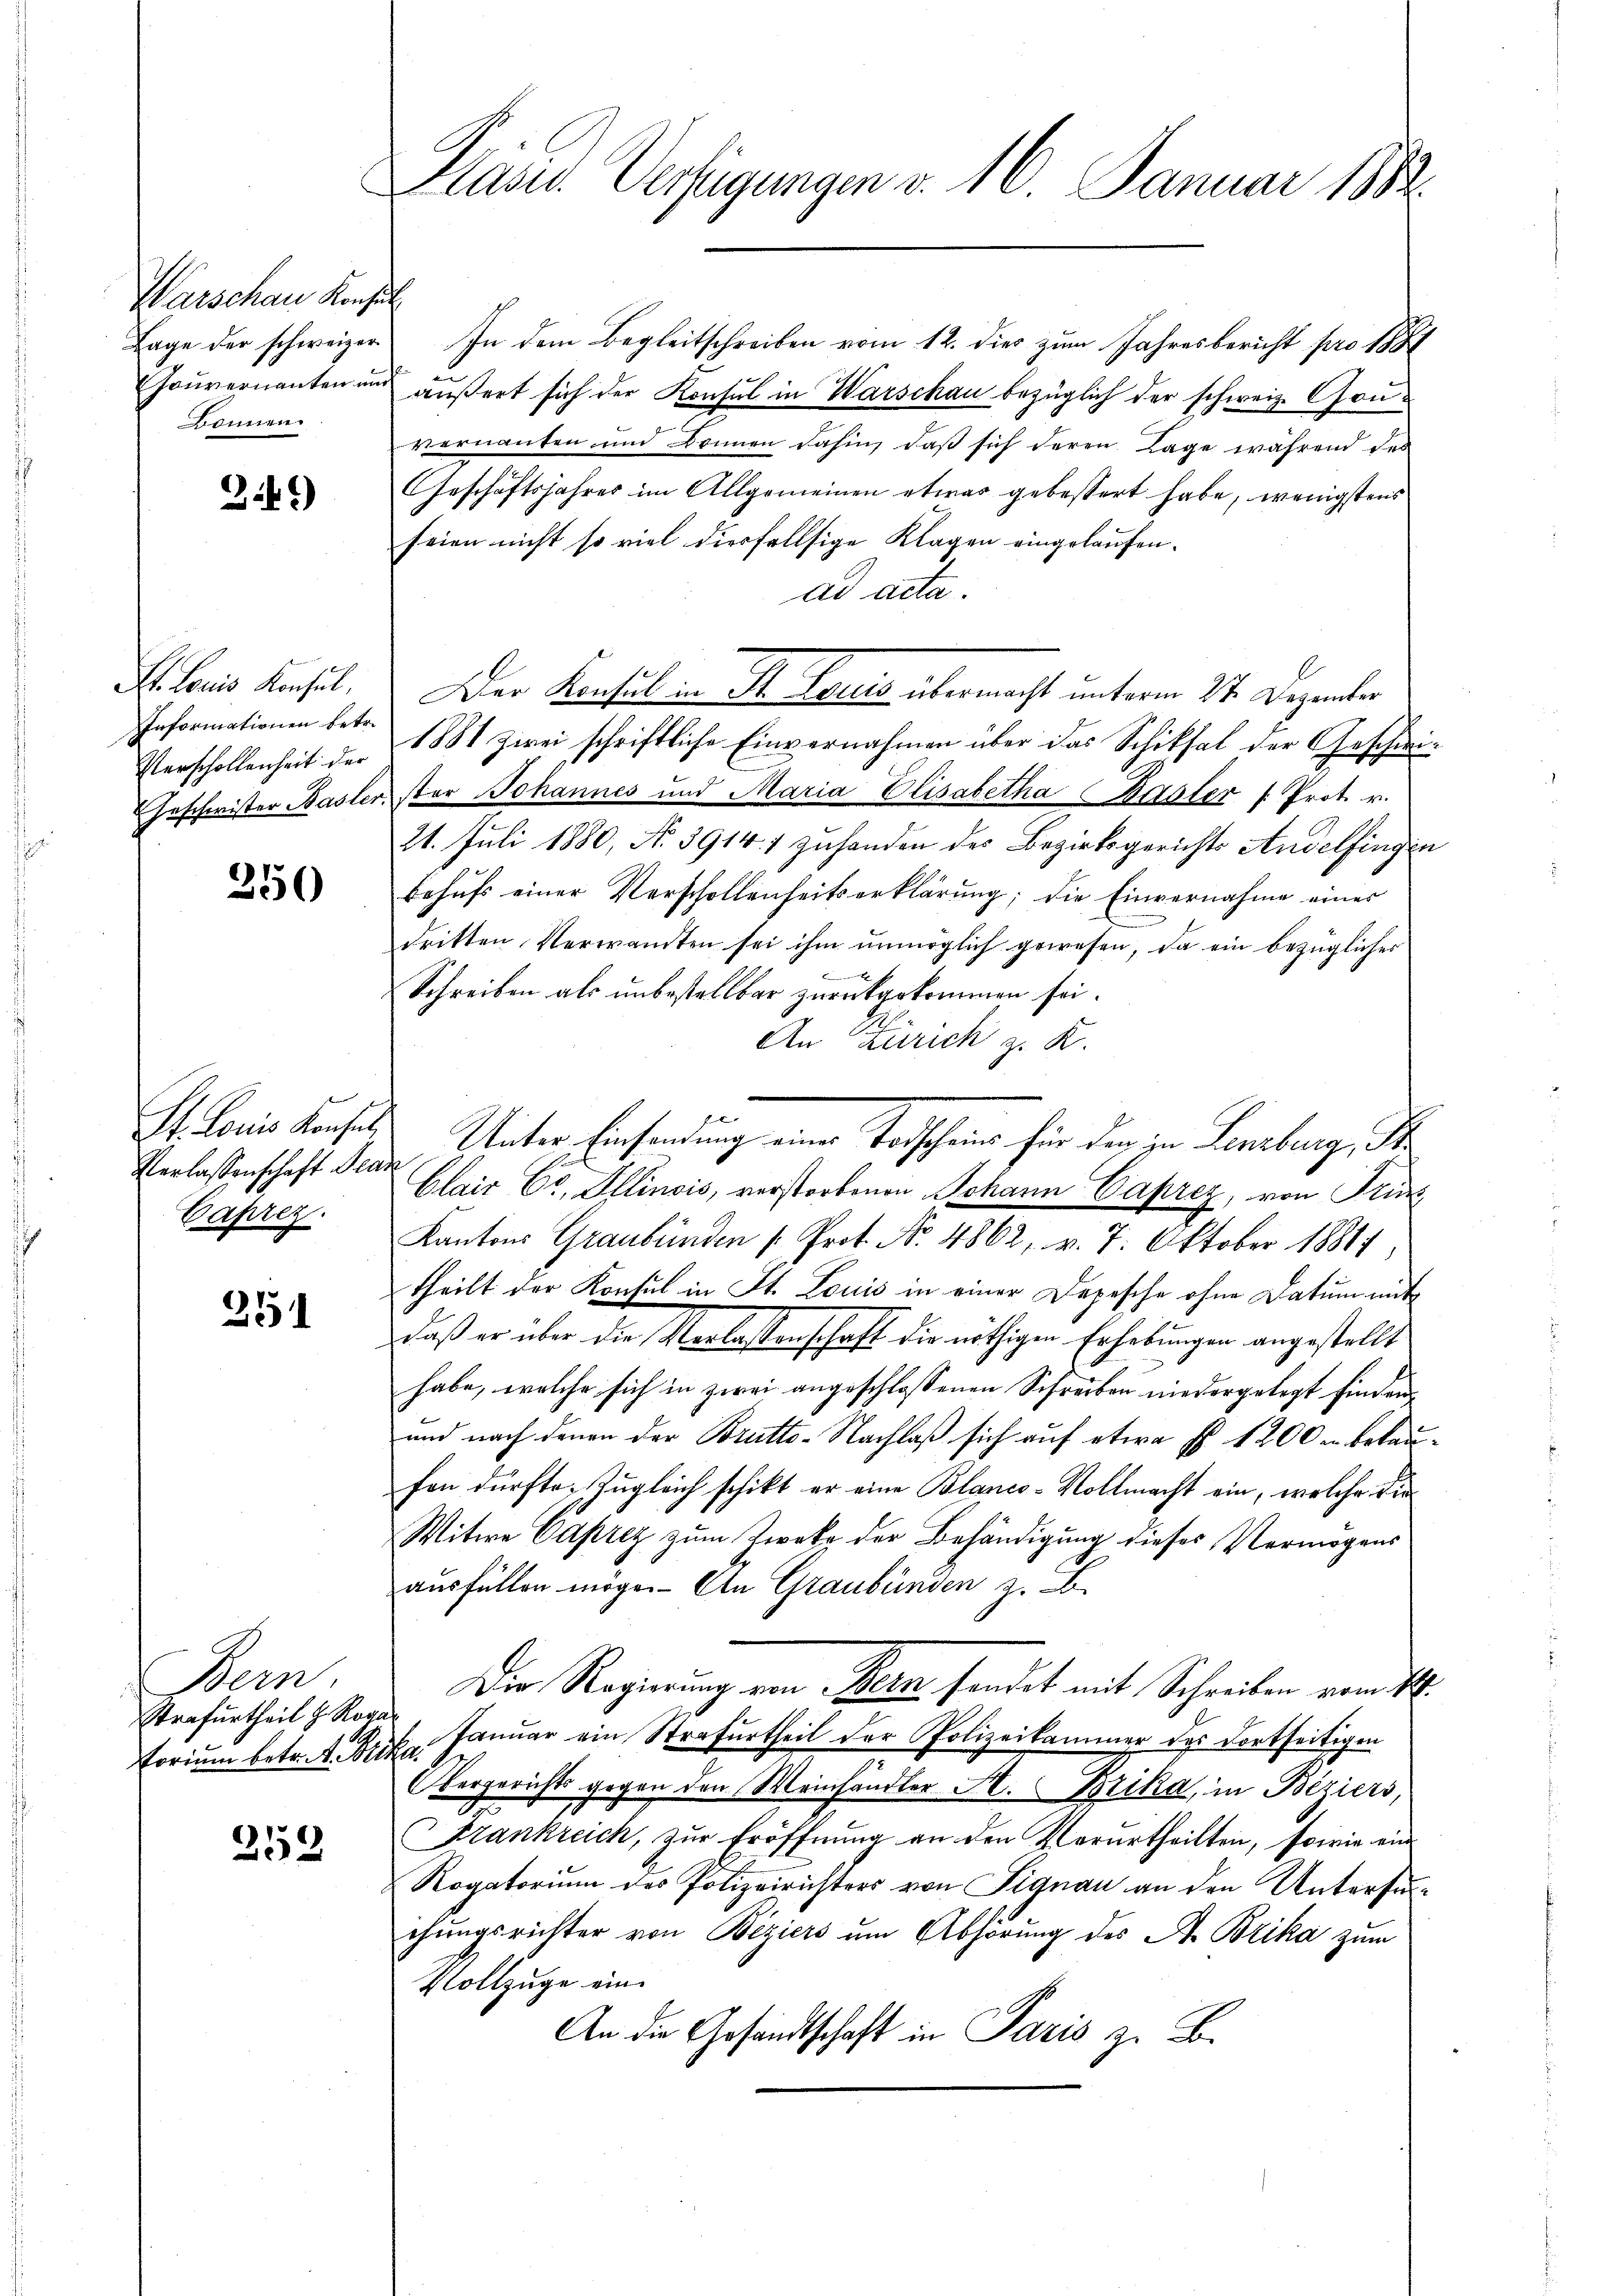
Warschau Konsul
Bonnen.

349)

St. Louis Konsul,
Informationen betr.
Verschollenheit der

350

Verlassenschaft Bear
Caprez.

251

Bern.
Strafurtheil h. Rogan

258

Planes Verfügungen v. 16. Januar 1882.

Lage der schweizer In dem Begleitschreiben vom 12. dies zum Jahresbericht pro 1886
Hoŭvernanten und äußert sich der Konsul in Warschau bezüglich der schweiz. Gouvernannten und Brunnen dahin, daß sich deren Lage während des
Geschäftsjahres im Allgemeinen etwas gebessert habe, wenigstens
feien nicht so viel diesfallsige Klagen eingelaufen.
ad acta.
1881 zwei schriftliche Einvernahmen über das Schiksal der Geschwi¬
Geschwister Basler, ster Johannes und Maria Elisabetha Basler " Prot. v.
21. Juli 1880, No 3914. 1 zuhanden des Bezirksgerichts Andelfingen
behŭfs einer Verschollenheitserklärung; die Einvernahme eines
dritten Verwandten sei ihm unmöglich gewesen, da ein bezügliches
x
Schreiben als unbestellbar zurückgekommen sei.
An Zürich z. K.
St. Louis Konfels Unter Einsendung einer Todscheines für den in Lenzberg, d
Clair Ct. Allinois, verstorbenen Johann Caprez, von Früc
Kantons Graubünden (Prot. No. 4862, v. 7. Oktober 18811,
theilt der Konsul in St. Louis in einer Depesche ohne Datum mit
daß er über die Verlassenschaft die nöthigen Erhebungen angestellt
habe, welche sich in zwei angeschlossenen Schreiben niedergelegt finden
und nach denen der Brutto-Nachlaß sich auf etwa Fr. 1200 u. belaufen dürfte, zugleich schikt er eine Blanco-Vollmacht ein, welche die
Witwe Caprez zum Zwecke der Behändigung dieses Vermögens
ausfüllen möge. An Graubünden z. B.
Die Regierung von Stern fandet mit Schreiben vom 16.
Foriŭm betr. f. Dr. Januar ein Strafurtheil der Polizeikammer des dortseitigen
Obergerichts gegen den Meinhändler H. Brika, in Beziers,
Frankreich, zur Eröffnung an den Verurtheilten, sowie ein
Rogatorium des Polizeirichters von Signau an den Untersunchungsrichter von Beziers um Abhörung des A. Brika zum
Vollzüge ein
An die Gesandtschaft in Paris zu B.

Der Konsul in St. Louis übermacht unterm 24. Dezember